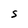
Character: S